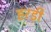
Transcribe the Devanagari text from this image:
हरड़ी